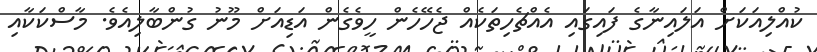
ކުއްލިއަކަށް އަލައިނާގެ ފައިގައި އެއްޗެހިތަކެއް ޖެހޭހެން ހީވެގެން އަޑިއަށް މޫނު ގުންބާލިއެވެ. މާސްކަކާއި